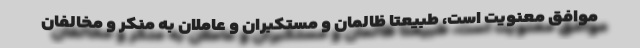
موافق معنویت است، طبیعتاً ظالمان و مستکبران و عاملان به منکر و مخالفان